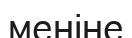
меніне